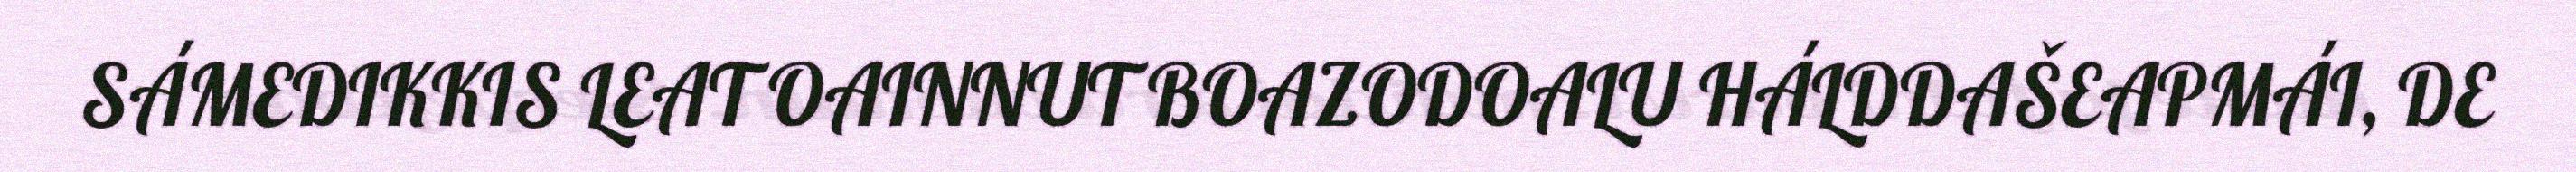
SÁMEDIKKIS LEAT OAINNUT BOAZODOALU HÁLDDAŠEAPMÁI, DE